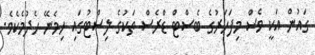
ގައުން އަކީ ވެސް މިފަހަރުގެ ބެސްޓް ޑްރެސް ތަކުގެ ލިސްޓުގައި ހިމެނޭ ހެދުމެކެވެ.